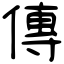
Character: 傳